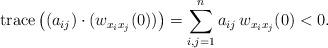
LaTeX: \begin{align*} \mbox{trace} \left( (a_{ij} ) \cdot ( w_{x_ix_j} (0) ) \right) = \sum_{i,j=1}^n a_{ij} \, w_{x_ix_j} (0) < 0.\end{align*}